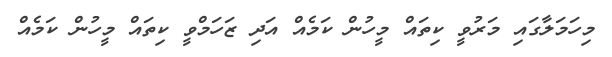
މިހަމަލާގައި މަރުވީ ކިތައް މީހުން ކަމެއް އަދި ޒަހަމްވީ ކިތައް މީހުން ކަމެއް